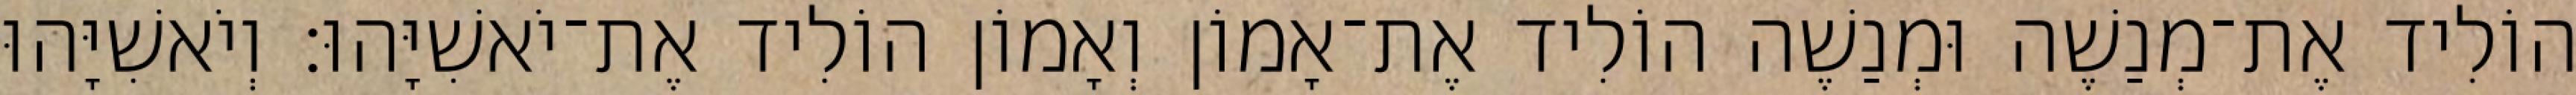
הוֹלִיד אֶת־מְנַשֶׁה וּמְנַשֶׁה הוֹלִיד אֶת־אָמוֹן וְאָמוֹן הוֹלִיד אֶת־יֹאשִׁיָּהוּ׃ וְיֹאשִׁיָּהוּ